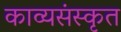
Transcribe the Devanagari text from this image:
काव्यसंस्कृत